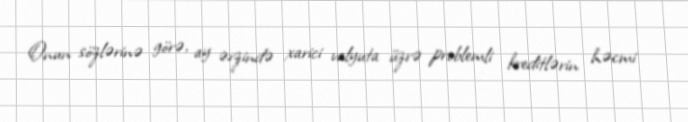
Onun sözlərinə görə, ay ərzində xarici valyuta üzrə problemli kreditlərin həcmi